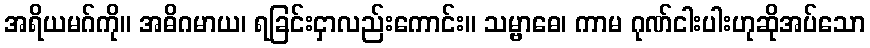
အရိယမဂ်ကို။ အဓိဂမာယ၊ ရခြင်းငှာလည်းကောင်း။ သမ္ဗာဓေ၊ ကာမ ဂုဏ်ငါးပါးဟုဆိုအပ်သော